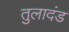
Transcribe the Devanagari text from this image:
तुलादंड